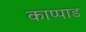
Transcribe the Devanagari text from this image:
काप्पाड